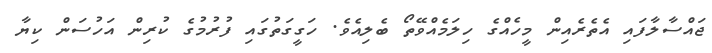
ޖައްސާލާފައި އެތެރެއިން މީހެއްގެ ހިލަމެއްވޭތޯ ބެލިއެވެ. ހަގީގަތުގައި ފުރުމުގެ ކުރިން އަހުސަން ކިޔާ